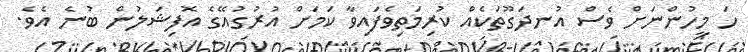
ހަ މީހުންނަށް ވެސް އުނދަގޫތަކެއް ކުރިމަތިވެފައިވާ ކަމަށް އުރުގުއޭގެ އޮފިޝަލުން ބުނެ އެވެ.